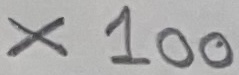
Text: x100